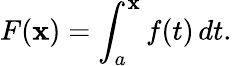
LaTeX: F(\mathbf{x})=\int_{a}^{\mathbf{x}}f(t)\, dt.